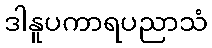
ဒါနူပကာရပညာသံ